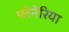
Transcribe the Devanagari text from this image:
प्लेनेरिया